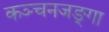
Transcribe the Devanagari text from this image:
कञ्चनजङ्गा